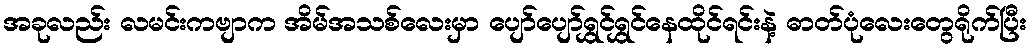
အခုလည်း လမင်းကဗျာက အိမ်အသစ်လေးမှာ ပျော်ပျော်ရွှင်ရွှင်နေထိုင်ရင်းနဲ့ ဓာတ်ပုံလေးတွေရိုက်ပြီး